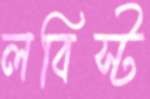
লবিস্ট